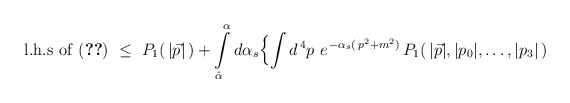
\begin{align*}{\rm l.h.s\ of \ (\ref{th1})}\ \leq\ P_{1}(\,\vert\vec p\vert\,)+\int\limits_{\hat\alpha}^{\alpha}d\alpha_{s}\Bigl \{\int d^{\,4}p\ e^{\,-\alpha_{s}(\,p^{2}+m^{2})}\,P_{1}(\,\vert\vec p\vert,\vert p_{0}\vert,\ldots,\vert p_{3}\vert\,)\end{align*}